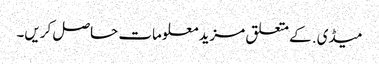
میڈی. کے متعلق مزید معلومات حاصل کریں۔